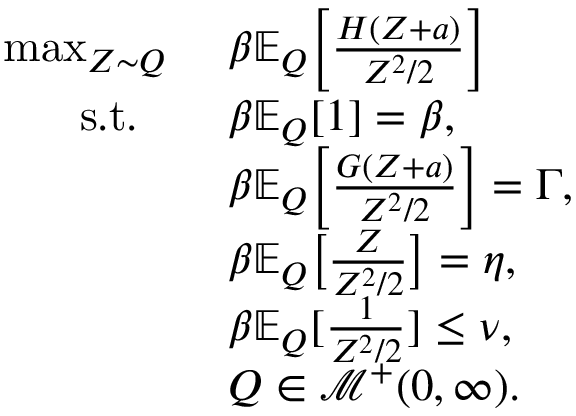
\begin{array} { r l } { \operatorname* { m a x } _ { Z \sim Q } \ } & { \beta \mathbb { E } _ { Q } \Big [ \frac { H ( Z + a ) } { Z ^ { 2 } / 2 } \Big ] } \\ { \mathrm { ~ s . t . ~ } \ \ } & { \beta \mathbb { E } _ { Q } [ 1 ] = \beta , } \\ & { \beta \mathbb { E } _ { Q } \Big [ \frac { G ( Z + a ) } { Z ^ { 2 } / 2 } \Big ] = \Gamma , } \\ & { \beta \mathbb { E } _ { Q } \big [ \frac { Z } { Z ^ { 2 } / 2 } \big ] = \eta , } \\ & { \beta \mathbb { E } _ { Q } [ \frac { 1 } { Z ^ { 2 } / 2 } ] \leq \nu , } \\ & { Q \in \mathscr { M } ^ { + } ( 0 , \infty ) . } \end{array}